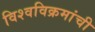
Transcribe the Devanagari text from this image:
विश्वविक्रमांची